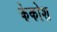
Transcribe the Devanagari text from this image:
केकोश